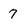
Character: 7